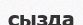
сызда